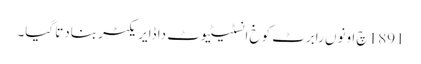
1891 چ اونوں رابرٹ کوخ انسٹیٹیوٹ دا ڈایریکٹر بنادتا گیا۔